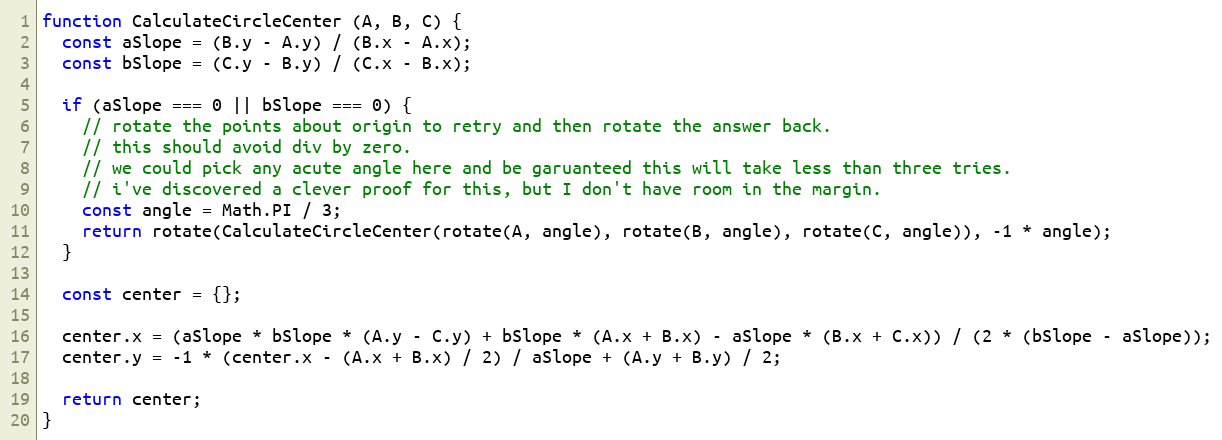
Language: JavaScript
function CalculateCircleCenter (A, B, C) {
  const aSlope = (B.y - A.y) / (B.x - A.x);
  const bSlope = (C.y - B.y) / (C.x - B.x);

  if (aSlope === 0 || bSlope === 0) {
    // rotate the points about origin to retry and then rotate the answer back.
    // this should avoid div by zero.
    // we could pick any acute angle here and be garuanteed this will take less than three tries.
    // i've discovered a clever proof for this, but I don't have room in the margin.
    const angle = Math.PI / 3;
    return rotate(CalculateCircleCenter(rotate(A, angle), rotate(B, angle), rotate(C, angle)), -1 * angle);
  }

  const center = {};

  center.x = (aSlope * bSlope * (A.y - C.y) + bSlope * (A.x + B.x) - aSlope * (B.x + C.x)) / (2 * (bSlope - aSlope));
  center.y = -1 * (center.x - (A.x + B.x) / 2) / aSlope + (A.y + B.y) / 2;

  return center;
}